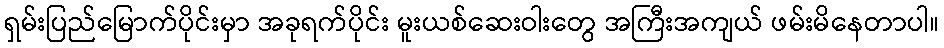
ရှမ်းပြည်မြောက်ပိုင်းမှာ အခုရက်ပိုင်း မူးယစ်ဆေးဝါးတွေ အကြီးအကျယ် ဖမ်းမိနေတာပါ။